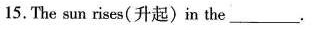
15.The sun rises(升起)in the____.